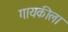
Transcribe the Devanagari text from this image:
गायकीला